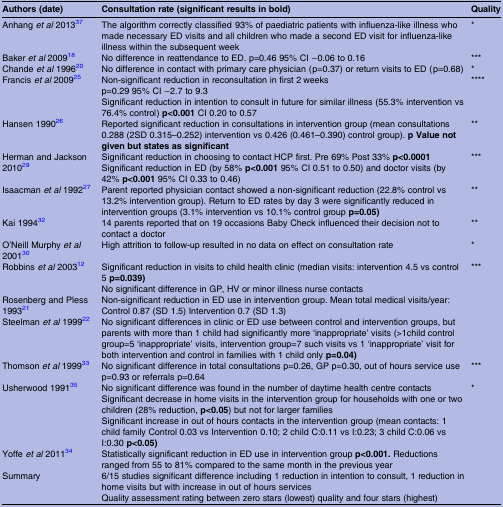
<table><thead><tr><td><b>Authors (date)</b></td><td><b>Consultation rate (significant results in bold)</b></td><td><b>Quality</b></td></tr></thead><tbody><tr><td>Anhang <i>et al</i> 201337</td><td>The algorithm correctly classified 93% of paediatric patients with influenza-like illness who made necessary ED visits and all children who made a second ED visit for influenza-like illness within the subsequent week</td><td>*</td></tr><tr><td>Baker <i>et al</i> 200918</td><td>No difference in reattendance to ED. p=0.46 95% CI −0.06 to 0.16</td><td>***</td></tr><tr><td>Chande <i>et al</i> 199620</td><td>No difference in contact with primary care physician (p=0.37) or return visits to ED (p=0.68)</td><td>*</td></tr><tr><td>Francis <i>et al</i> 200925</td><td>Non-significant reduction in reconsultation in first 2 weeksp=0.29 95% CI −2.7 to 9.3Significant reduction in intention to consult in future for similar illness (55.3% intervention vs 76.4% control) <b>p&lt;0.001</b> CI 0.20 to 0.57</td><td>****</td></tr><tr><td>Hansen 199026</td><td>Reported significant reduction in consultations in intervention group (mean consultations 0.288 (2SD 0.315–0.252) intervention vs 0.426 (0.461–0.390) control group). <b>p Value not given but states as significant</b></td><td>**</td></tr><tr><td>Herman and Jackson 201029</td><td>Significant reduction in choosing to contact HCP first. Pre 69% Post 33% <b>p&lt;0.0001</b>Significant reduction in ED (by 58% <b>p&lt;0.001</b> 95% CI 0.51 to 0.50) and doctor visits (by 42% <b>p&lt;0.001</b> 95% CI 0.33 to 0.46)</td><td>***</td></tr><tr><td>Isaacman <i>et al</i> 199227</td><td>Parent reported physician contact showed a non-significant reduction (22.8% control vs 13.2% intervention group). Return to ED rates by day 3 were significantly reduced in intervention groups (3.1% intervention vs 10.1% control group <b>p=0.05)</b></td><td>**</td></tr><tr><td>Kai 199432</td><td>14 parents reported that on 19 occasions Baby Check influenced their decision not to contact a doctor</td><td>**</td></tr><tr><td>O’Neill Murphy <i>et al</i> 200130</td><td>High attrition to follow-up resulted in no data on effect on consultation rate</td><td>*</td></tr><tr><td>Robbins <i>et al</i> 200312</td><td>Significant reduction in visits to child health clinic (median visits: intervention 4.5 vs control 5 <b>p=0.039)</b>No significant difference in GP, HV or minor illness nurse contacts</td><td>***</td></tr><tr><td>Rosenberg and Pless 199321</td><td>Non-significant reduction in ED use in intervention group. Mean total medical visits/year: Control 0.87 (SD 1.5) Intervention 0.7 (SD 1.3)</td><td></td></tr><tr><td>Steelman <i>et al</i> 199922</td><td>No significant differences in clinic or ED use between control and intervention groups, but parents with more than 1 child had significantly more ‘inappropriate’ visits (&gt;1child control group=5 ‘inappropriate’ visits, intervention group=7 such visits vs 1 ‘inappropriate’ visit for both intervention and control in families with 1 child only <b>p=0.04)</b></td><td></td></tr><tr><td>Thomson <i>et al</i> 199933</td><td>No significant difference in total consultations p=0.26, GP p=0.30, out of hours service use p=0.93 or referrals p=0.64</td><td>***</td></tr><tr><td>Usherwood 199135</td><td>No significant difference was found in the number of daytime health centre contactsSignificant decrease in home visits in the intervention group for households with one or two children (28% reduction, <b>p&lt;0.05</b>) but not for larger familiesSignificant increase in out of hours contacts in the intervention group (mean contacts: 1 child family Control 0.03 vs Intervention 0.10; 2 child C:0.11 vs I:0.23; 3 child C:0.06 vs I:0.30 <b>p&lt;0.05)</b></td><td>*</td></tr><tr><td>Yoffe <i>et al</i> 201134</td><td>Statistically significant reduction in ED use in intervention group <b>p&lt;0.001.</b> Reductions ranged from 55 to 81% compared to the same month in the previous year</td><td></td></tr><tr><td>Summary</td><td>6/15 studies significant difference including 1 reduction in intention to consult, 1 reduction in home visits but with increase in out of hours servicesQuality assessment rating between zero stars (lowest) quality and four stars (highest)</td><td></td></tr></tbody></table>